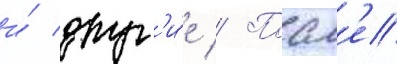
и́ друг'и́е // Посл'е